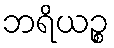
ဘရိယဉ္စ